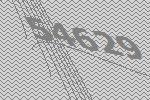
54629